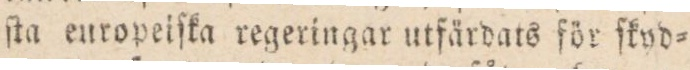
ſta europeiſka regeringar utfärdats för ſkyd=